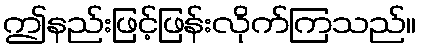
ဤနည်းဖြင့်ဖြန်းလိုက်ကြသည်။